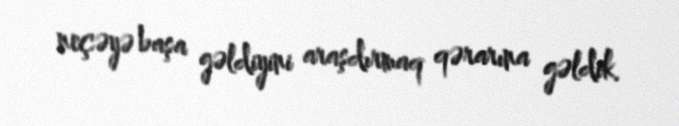
neçəyə başa gəldiyini araşdırmaq qərarına gəldik.